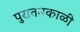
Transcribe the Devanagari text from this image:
पुरातनकाळी